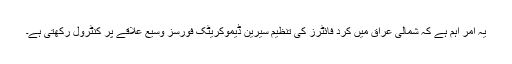
یہ امر اہم ہے کہ شمالی عراق میں کرد فائٹرز کی تنظیم سیرین ڈیموکریٹک فورسز وسیع علاقے پر کنٹرول رکھتی ہے۔